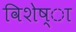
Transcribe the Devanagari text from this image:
विशेष्ा